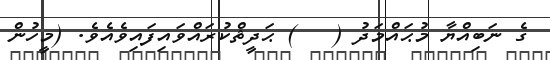
ގެ ނަބިއްޔާ މުޙައްމަދު (   ) ޙަދީޘްކުރައްވައިފައިވެއެވެ. (މީހުން